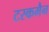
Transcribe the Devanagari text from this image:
टस्कमैन